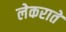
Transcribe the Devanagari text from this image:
लेकराते